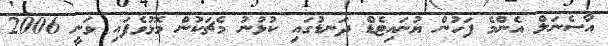
އާސެނަލް އެންމެ ފަހުން ޔުނައިޓެޑް ދަނޑުގައި ކުޅުނު މެޗަކުން މޮޅުވެފައި ވަނީ 2006